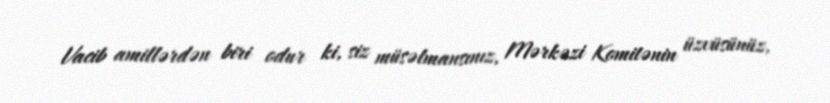
Vacib amillərdən biri odur ki, siz müsəlmansınız, Mərkəzi Komitənin üzvüsünüz,